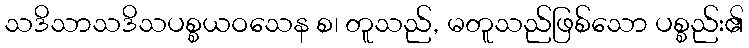
သဒိသာသဒိသပစ္စယဝသေန စ၊ တူသည်, မတူသည်ဖြစ်သော ပစ္စည်း၏